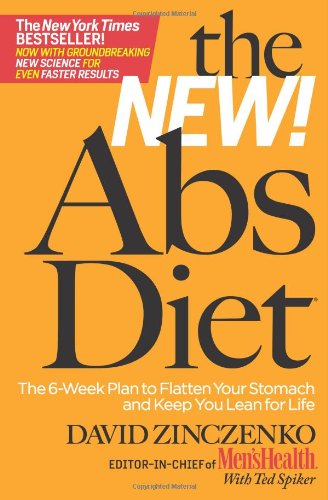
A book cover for The New Abs Diet: The 6-Week Plan to Flatten Your Stomach and Keep You Lean for Life; David Zinczenko; Health, Fitness & Dieting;